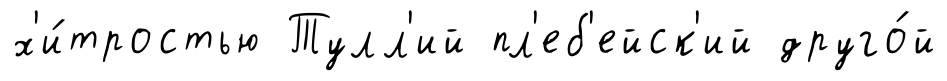
х'и́тростью Тулл'ий пл'еб'ейск'ий друго́й